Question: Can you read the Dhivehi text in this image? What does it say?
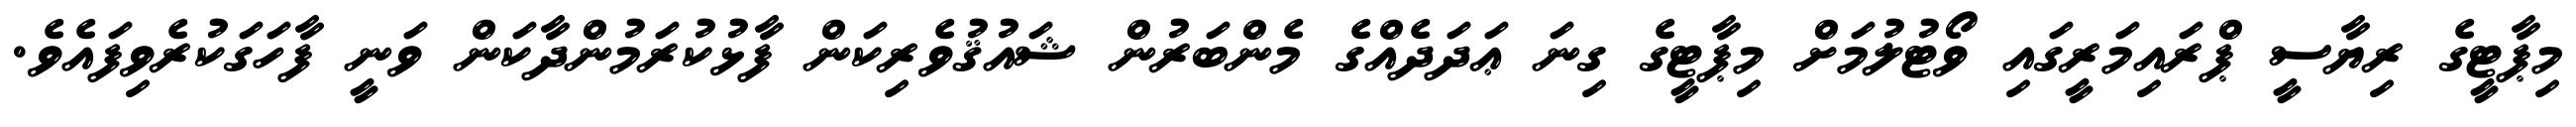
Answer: މިޕާޓީގެ ރިޔާސީ ޕްރައިމަރީގައި ވޯޓުލުމަށް މިޕާޓީގެ ގިނަ ޢަދަދެއްގެ މެންބަރުން ޝައުޤުވެރިކަން ފާޅުކުރަމުންދާކަން ވަނީ ފާހަގަކުރެވިފައެވެ.